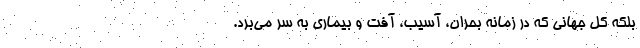
بلکه کل جهانی که در زمانه بحران، آسیب، آفت و بیماری به سر می‌برد.